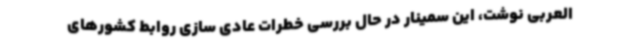
العربی نوشت، این سمینار در حال بررسی خطرات عادی سازی روابط کشورهای